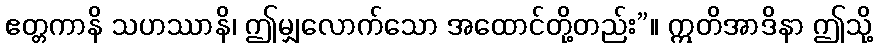
ဧတ္တကာနိ သဟဿာနိ၊ ဤမျှလောက်သော အထောင်တို့တည်း”။ ဣတိအာဒိနာ ဤသို့